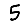
Digit: 5